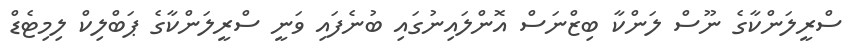
ސްރީލަންކާގެ ނޫސް ލަންކާ ބިޒްނަސް އޮންލައިނުގައި ބުނެފައި ވަނީ ސްރީލަންކާގެ ޕަބްލިކް ލިމިޓެޑް